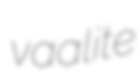
vaalite